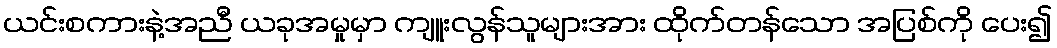
ယင်းစကားနဲ့အညီ ယခုအမှုမှာ ကျူးလွန်သူများအား ထိုက်တန်သော အပြစ်ကို ပေး၍